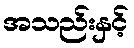
အသည်းနှင့်